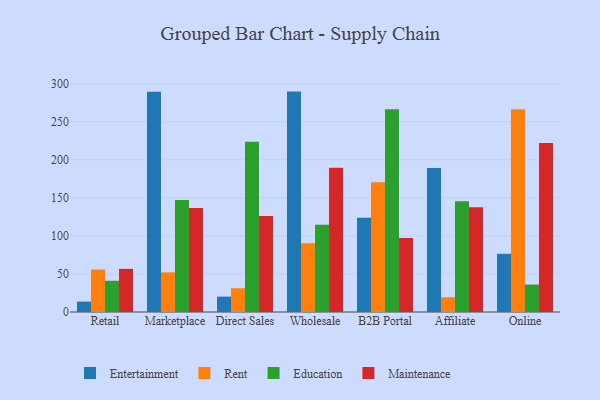
{"axis": {"x": "Channel", "y": "Customer Acquisition Cost (USD)"}, "legend": ["Education", "Entertainment", "Maintenance", "Rent"], "data": [{"x": "Retail", "y": 13.7, "type": "Entertainment"}, {"x": "Retail", "y": 55.8, "type": "Rent"}, {"x": "Retail", "y": 41.0, "type": "Education"}, {"x": "Retail", "y": 56.7, "type": "Maintenance"}, {"x": "Marketplace", "y": 289.5, "type": "Entertainment"}, {"x": "Marketplace", "y": 52.1, "type": "Rent"}, {"x": "Marketplace", "y": 147.1, "type": "Education"}, {"x": "Marketplace", "y": 136.8, "type": "Maintenance"}, {"x": "Direct Sales", "y": 20.2, "type": "Entertainment"}, {"x": "Direct Sales", "y": 31.2, "type": "Rent"}, {"x": "Direct Sales", "y": 223.8, "type": "Education"}, {"x": "Direct Sales", "y": 126.1, "type": "Maintenance"}, {"x": "Wholesale", "y": 289.7, "type": "Entertainment"}, {"x": "Wholesale", "y": 90.3, "type": "Rent"}, {"x": "Wholesale", "y": 114.7, "type": "Education"}, {"x": "Wholesale", "y": 189.6, "type": "Maintenance"}, {"x": "B2B Portal", "y": 124.0, "type": "Entertainment"}, {"x": "B2B Portal", "y": 170.5, "type": "Rent"}, {"x": "B2B Portal", "y": 266.6, "type": "Education"}, {"x": "B2B Portal", "y": 97.3, "type": "Maintenance"}, {"x": "Affiliate", "y": 189.2, "type": "Entertainment"}, {"x": "Affiliate", "y": 19.5, "type": "Rent"}, {"x": "Affiliate", "y": 145.5, "type": "Education"}, {"x": "Affiliate", "y": 137.6, "type": "Maintenance"}, {"x": "Online", "y": 76.5, "type": "Entertainment"}, {"x": "Online", "y": 266.5, "type": "Rent"}, {"x": "Online", "y": 36.1, "type": "Education"}, {"x": "Online", "y": 222.0, "type": "Maintenance"}]}